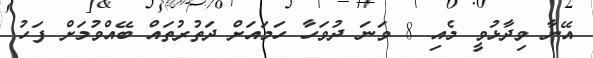
އޭނާ ވިދާޅުވީ މެއި 8 ވަނަ ދުވަހާ ހަމައަށް ދަތުރުތައް ބޭއްވުމަށް ފަހު